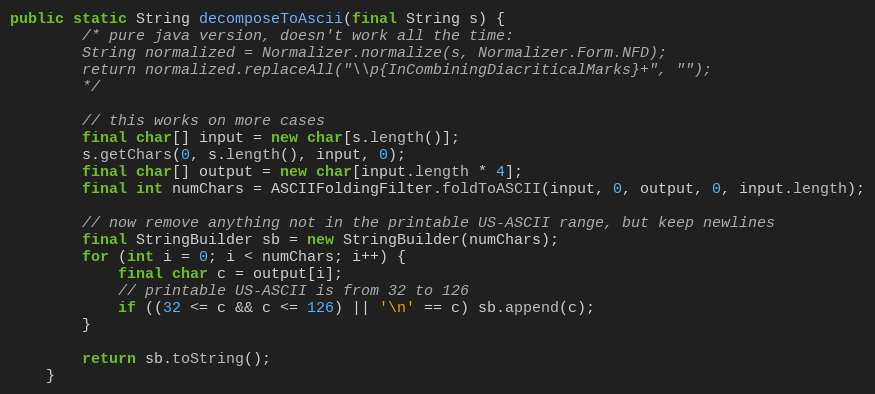
Language: Java
public static String decomposeToAscii(final String s) {
        /* pure java version, doesn't work all the time:
        String normalized = Normalizer.normalize(s, Normalizer.Form.NFD);
        return normalized.replaceAll("\\p{InCombiningDiacriticalMarks}+", "");
        */

        // this works on more cases
        final char[] input = new char[s.length()];
        s.getChars(0, s.length(), input, 0);
        final char[] output = new char[input.length * 4];
        final int numChars = ASCIIFoldingFilter.foldToASCII(input, 0, output, 0, input.length);

        // now remove anything not in the printable US-ASCII range, but keep newlines
        final StringBuilder sb = new StringBuilder(numChars);
        for (int i = 0; i < numChars; i++) {
            final char c = output[i];
            // printable US-ASCII is from 32 to 126
            if ((32 <= c && c <= 126) || '\n' == c) sb.append(c);
        }

        return sb.toString();
    }